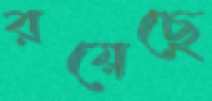
রয়েছে